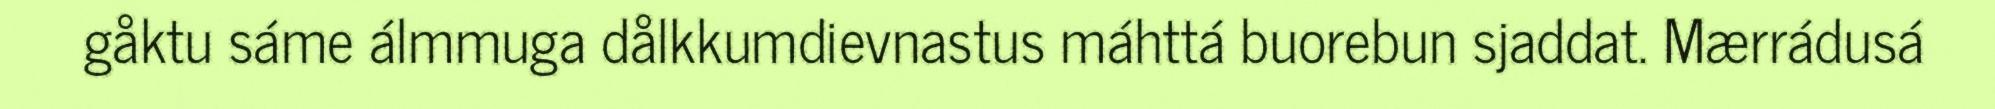
gåktu sáme álmmuga dålkkumdievnastus máhttá buorebun sjaddat. Mærrádusá